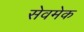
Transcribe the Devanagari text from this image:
सेवमेक